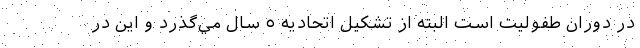
در دوران طفوليت است البته از تشكيل اتحاديه ٥ سال مي‌گذرد و اين در